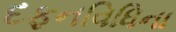
દફનવિધિના